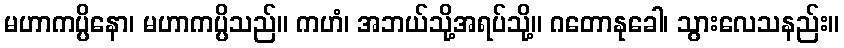
မဟာကပ္ပိနော၊ မဟာကပ္ပိသည်။ ကဟံ၊ အဘယ်သို့အရပ်သို့။ ဂတောနုခေါ၊ သွားလေသနည်း။